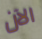
الآن